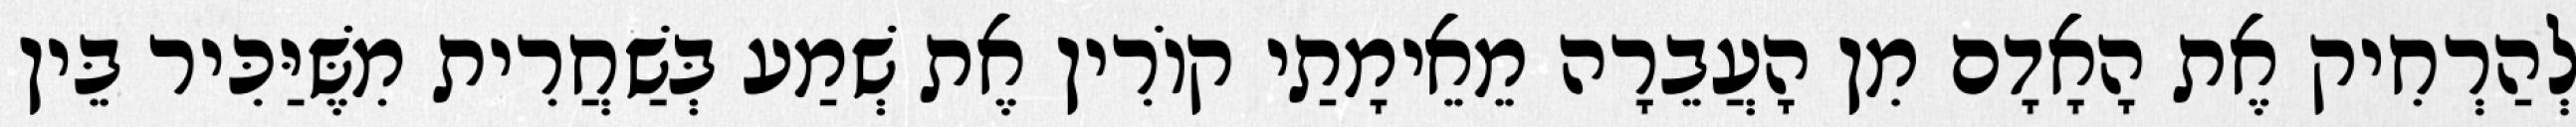
לְהַרְחִיק אֶת הָאָדָם מִן הָעֲבֵרָה מֵאֵימָתַי קוֹרִין אֶת שְׁמַע בְּשַׁחֲרִית מִשֶּׁיַּכִּיר בֵּין